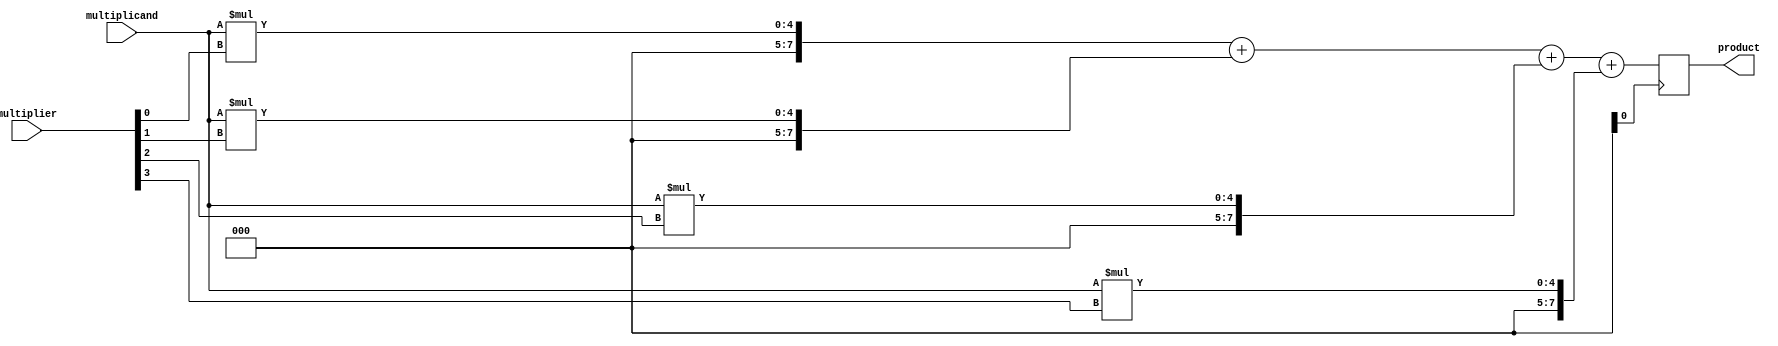
module radix4_multiplier(
    input [3:0] multiplicand,
    input [3:0] multiplier,
    output reg [7:0] product
);

reg [7:0] partial_product[3:0];
reg [7:0] sum;

// Generate partial products
assign partial_product[0] = multiplicand * multiplier[0];
assign partial_product[1] = multiplicand * multiplier[1];
assign partial_product[2] = multiplicand * multiplier[2];
assign partial_product[3] = multiplicand * multiplier[3];

// Ripple carry adder
always @*
begin
    sum = partial_product[0] + partial_product[1] + partial_product[2] + partial_product[3];
end

// Register for final product
always @(posedge clk)
begin
    product <= sum;
end

endmodule